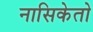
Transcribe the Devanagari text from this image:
नासिकेतो